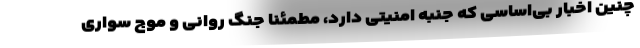
چنین اخبار بی‌اساسی که جنبه امنیتی دارد، مطمئنا جنگ روانی و موج سواری